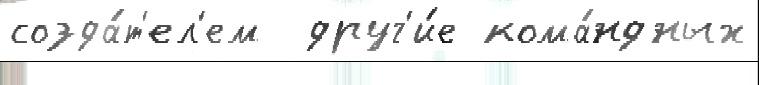
созда́т'ел'ем  друг'и́е кома́ндных